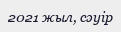
2021 жыл, сәуір